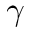
\gamma